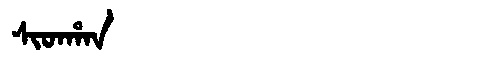
Manchu: ᠰᡳᡨᡥᠠᠨ
Romanization: SITHAN